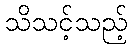
သိသင့်သည့်